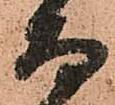
而